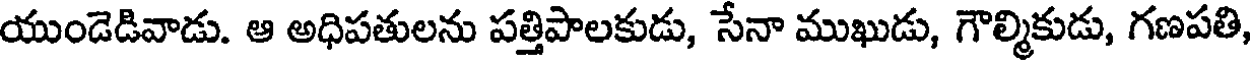
యుండెడివాడు. ఆ అధిపతులను పత్తిపాలకుడు, సేనా ముఖుడు, గౌల్మికుడు, గణపతి,